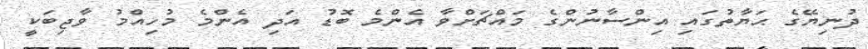
ދުނިޔޭގެ ޙަޔާތުގައި އިންސާނުންގެ މައްޗަށްވާ އެންމެ ބޮޑު އަދި އެންމެ މުހިއްމު ވާޖިބަކީ